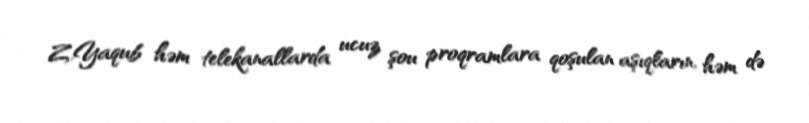
Z.Yaqub həm telekanallarda ucuz şou proqramlara qoşulan aşıqların, həm də